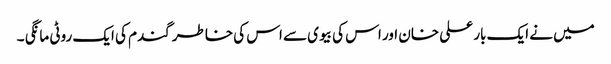
میں نے ایک بار علی خان اور اس کی بیوی سے اس کی خاطر گندم کی ایک روٹی مانگی ۔